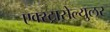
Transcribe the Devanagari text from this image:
एक्स्ट्रासेल्युलर